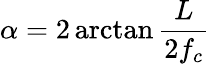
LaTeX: \alpha=2\arctan{\frac{L}{2f_{c}}}